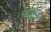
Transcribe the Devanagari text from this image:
कुंज़ुम